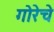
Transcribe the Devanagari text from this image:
गोरेचे